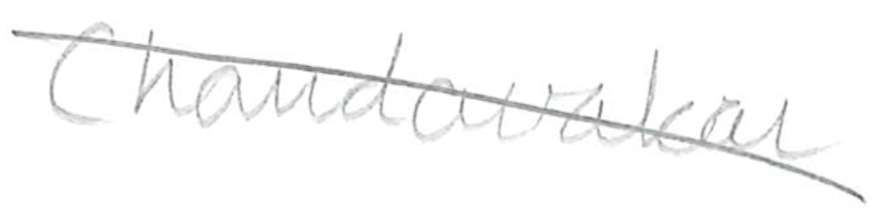
Text: Chandavarkar
Cross-out: diagonal
Writing tool: pencil